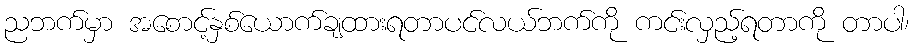
ညဘက်မှာ အစောင့်နှစ်ယောက်ချထားရတာပင်လယ်ဘက်ကို ကင်းလှည့်ရတာကို တာပါ၊